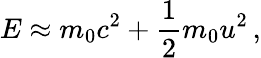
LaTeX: E\approx m_{0}c^{2}+{\frac{1}{2}}m_{0}u^{2}\, ,